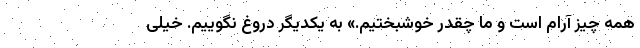
همه چیز آرام است و ما چقدر خوشبختیم.» به یکدیگر دروغ نگوییم. خیلی